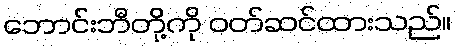
ဘောင်းဘီတို့ကို ဝတ်ဆင်ထားသည်။